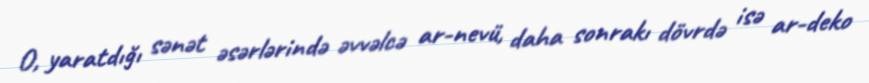
O, yaratdığı sənət əsərlərində əvvəlcə ar-nevü, daha sonrakı dövrdə isə ar-deko